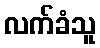
လက်ခံသူ